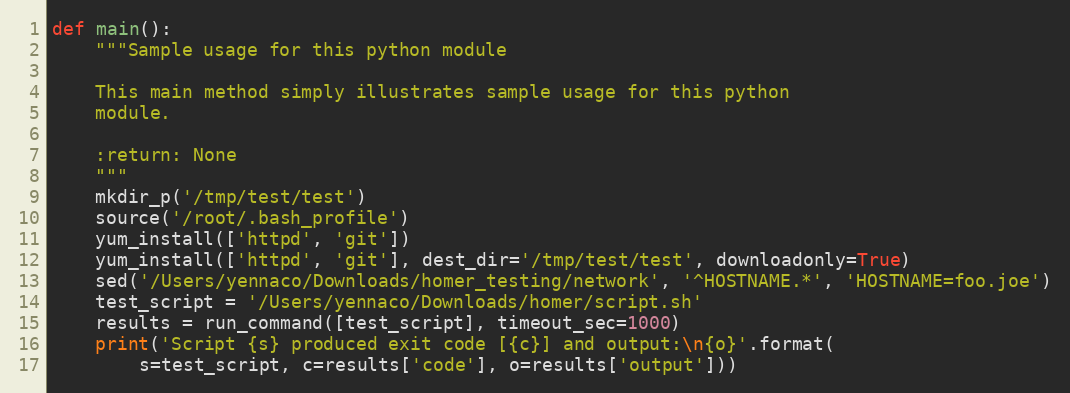
Language: Python
def main():
    """Sample usage for this python module

    This main method simply illustrates sample usage for this python
    module.

    :return: None
    """
    mkdir_p('/tmp/test/test')
    source('/root/.bash_profile')
    yum_install(['httpd', 'git'])
    yum_install(['httpd', 'git'], dest_dir='/tmp/test/test', downloadonly=True)
    sed('/Users/yennaco/Downloads/homer_testing/network', '^HOSTNAME.*', 'HOSTNAME=foo.joe')
    test_script = '/Users/yennaco/Downloads/homer/script.sh'
    results = run_command([test_script], timeout_sec=1000)
    print('Script {s} produced exit code [{c}] and output:\n{o}'.format(
        s=test_script, c=results['code'], o=results['output']))